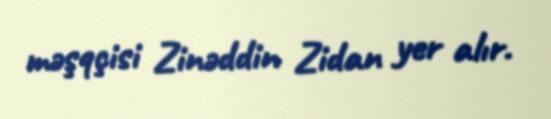
məşqçisi Zinəddin Zidan yer alır.